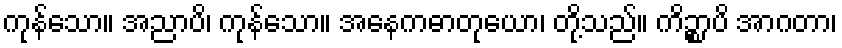
ကုန်သော။ အညာပိ၊ ကုန်သော။ အနေကဓာတုယော၊ တို့သည်။ ကိဉ္စာပိ အာဂတာ၊